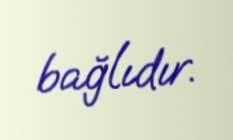
bağlıdır.